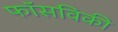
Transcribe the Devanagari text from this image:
फॉसविकी